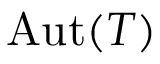
\mathrm { A u t } ( T )